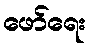
ဖော်ရေး